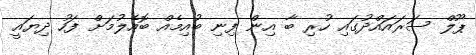
ޕޫލް ސަރައައްދުގައި ހުރި ބާ އިން ފިނި ބުއިމެއް ބޮއެލުމަށް ފަހު ދިޔައީ